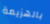
بالهزيمة